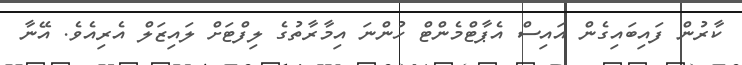
ކާރުން ފައިބައިގެން އައިސް އެޕާޓްމެންޓް ހުންނަ އިމާރާތުގެ ލިފްޓަށް ލައިޒަލް އެރިއެވެ. އޭނާ